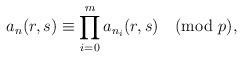
LaTeX: \begin{align*} a_n(r,s)\equiv\prod _{i=0} ^{m}a_{n_i}(r,s)\pmod p,\end{align*}